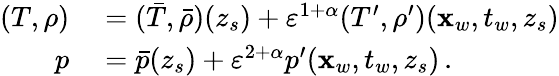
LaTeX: \begin{array}{rl}{(T,\rho)}&{{}=(\bar{T},\bar{\rho})(z_{s})+{\varepsilon}^{1+\alpha}(T^{\prime},\rho^{\prime})(\mathbf{x}_{w},t_{w},z_{s})}\\ {p}&{{}=\bar{p}(z_{s})+{\varepsilon}^{2+\alpha}p^{\prime}(\mathbf{x}_{w},t_{w},z_{s})\, .}\end{array}